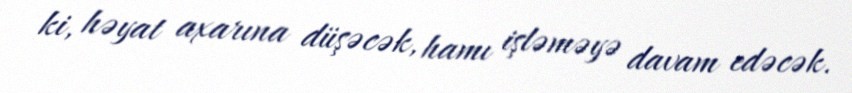
ki, həyat axarına düşəcək, hamı işləməyə davam edəcək.